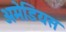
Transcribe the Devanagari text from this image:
अमेडियस